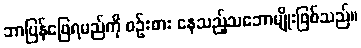
ဘာပြန်ဖြေရမည်ကို စဉ်းစား နေသည့်သဘောမျိုးဖြစ်သည်။